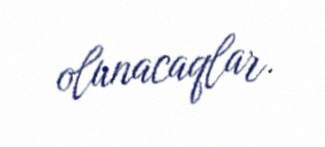
olunacaqlar.